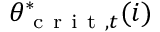
\theta _ { \mathrm { ~ c ~ r ~ i ~ t ~ } , t } ^ { * } ( i )